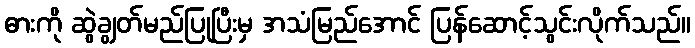
ဓားကို ဆွဲချွတ်မည်ပြုပြီးမှ အသံမြည်အောင် ပြန်ဆောင့်သွင်းလိုက်သည်။